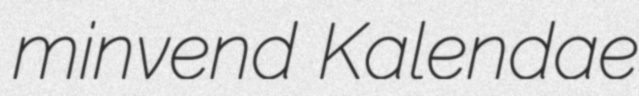
minvend Kalendae